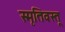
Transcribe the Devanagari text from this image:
स्मृतिवस्तू